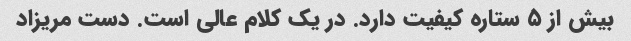
بیش از ۵ ستاره کیفیت دارد. در یک کلام عالی است. دست مریزاد